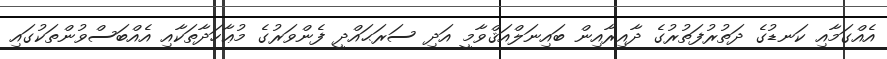
އެއްގަމާއި ކަނޑުގެ ދަތުރުފަތުރުގެ ދާއިރާއިން ބައިނަލްއަޤްވާމީ އަދި ސަރަޙައްދީ ފެންވަރުގެ މުޢާހަދާތަކާއި އެއްބަސްވުންތަކުގައި